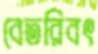
বেতরিবৎ